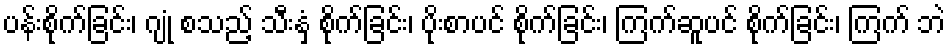
ပန်းစိုက်ခြင်း၊ ဂျုံ စသည့် သီးနှံ စိုက်ခြင်း၊ ပိုးစာပင် စိုက်ခြင်း၊ ကြက်ဆူပင် စိုက်ခြင်း၊ ကြက် ဘဲ